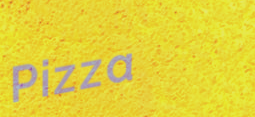
Pizza